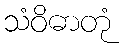
သံဝိဓာတုံ